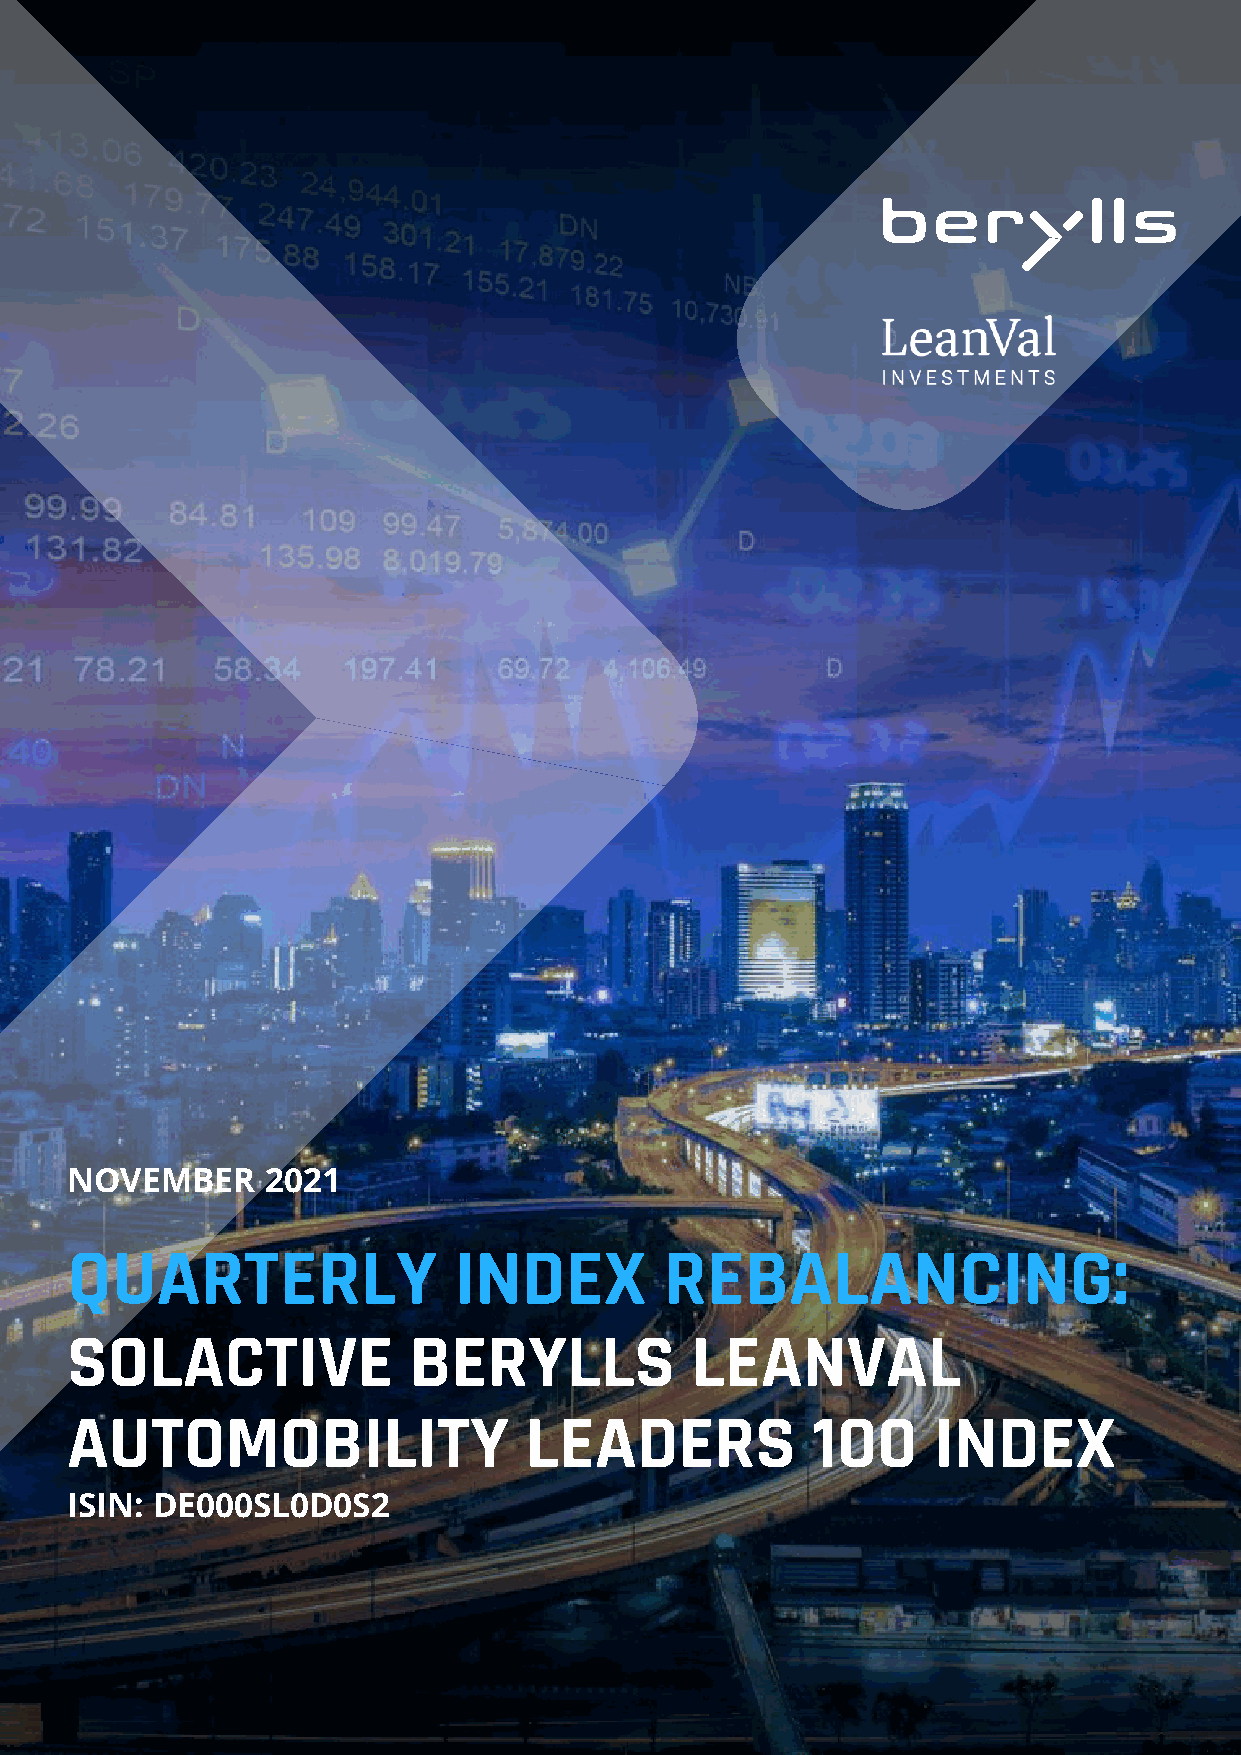
NOVEMBER      2021
 QUARTERLY                 INDEX         REBALANCING:
 SOLACTIVE              BERYLLS            LEANVAL
 AUTOMOBILITY                   LEADERS            100     INDEX
 ISIN: DE000SL0D0S2